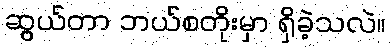
ဆွယ်တာ ဘယ်စတိုးမှာ ရှိခဲ့သလဲ။